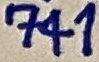
Text: 741